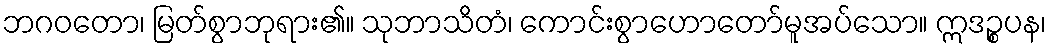
ဘဂဝတော၊ မြတ်စွာဘုရား၏။ သုဘာသိတံ၊ ကောင်းစွာဟောတော်မူအပ်သော။ ဣဒဉ္စပန၊